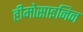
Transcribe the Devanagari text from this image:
हीमोसाइनिन